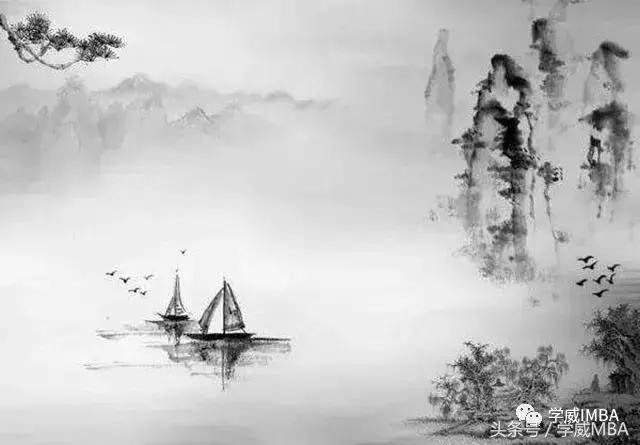
天时不如地利，地利不如人和。